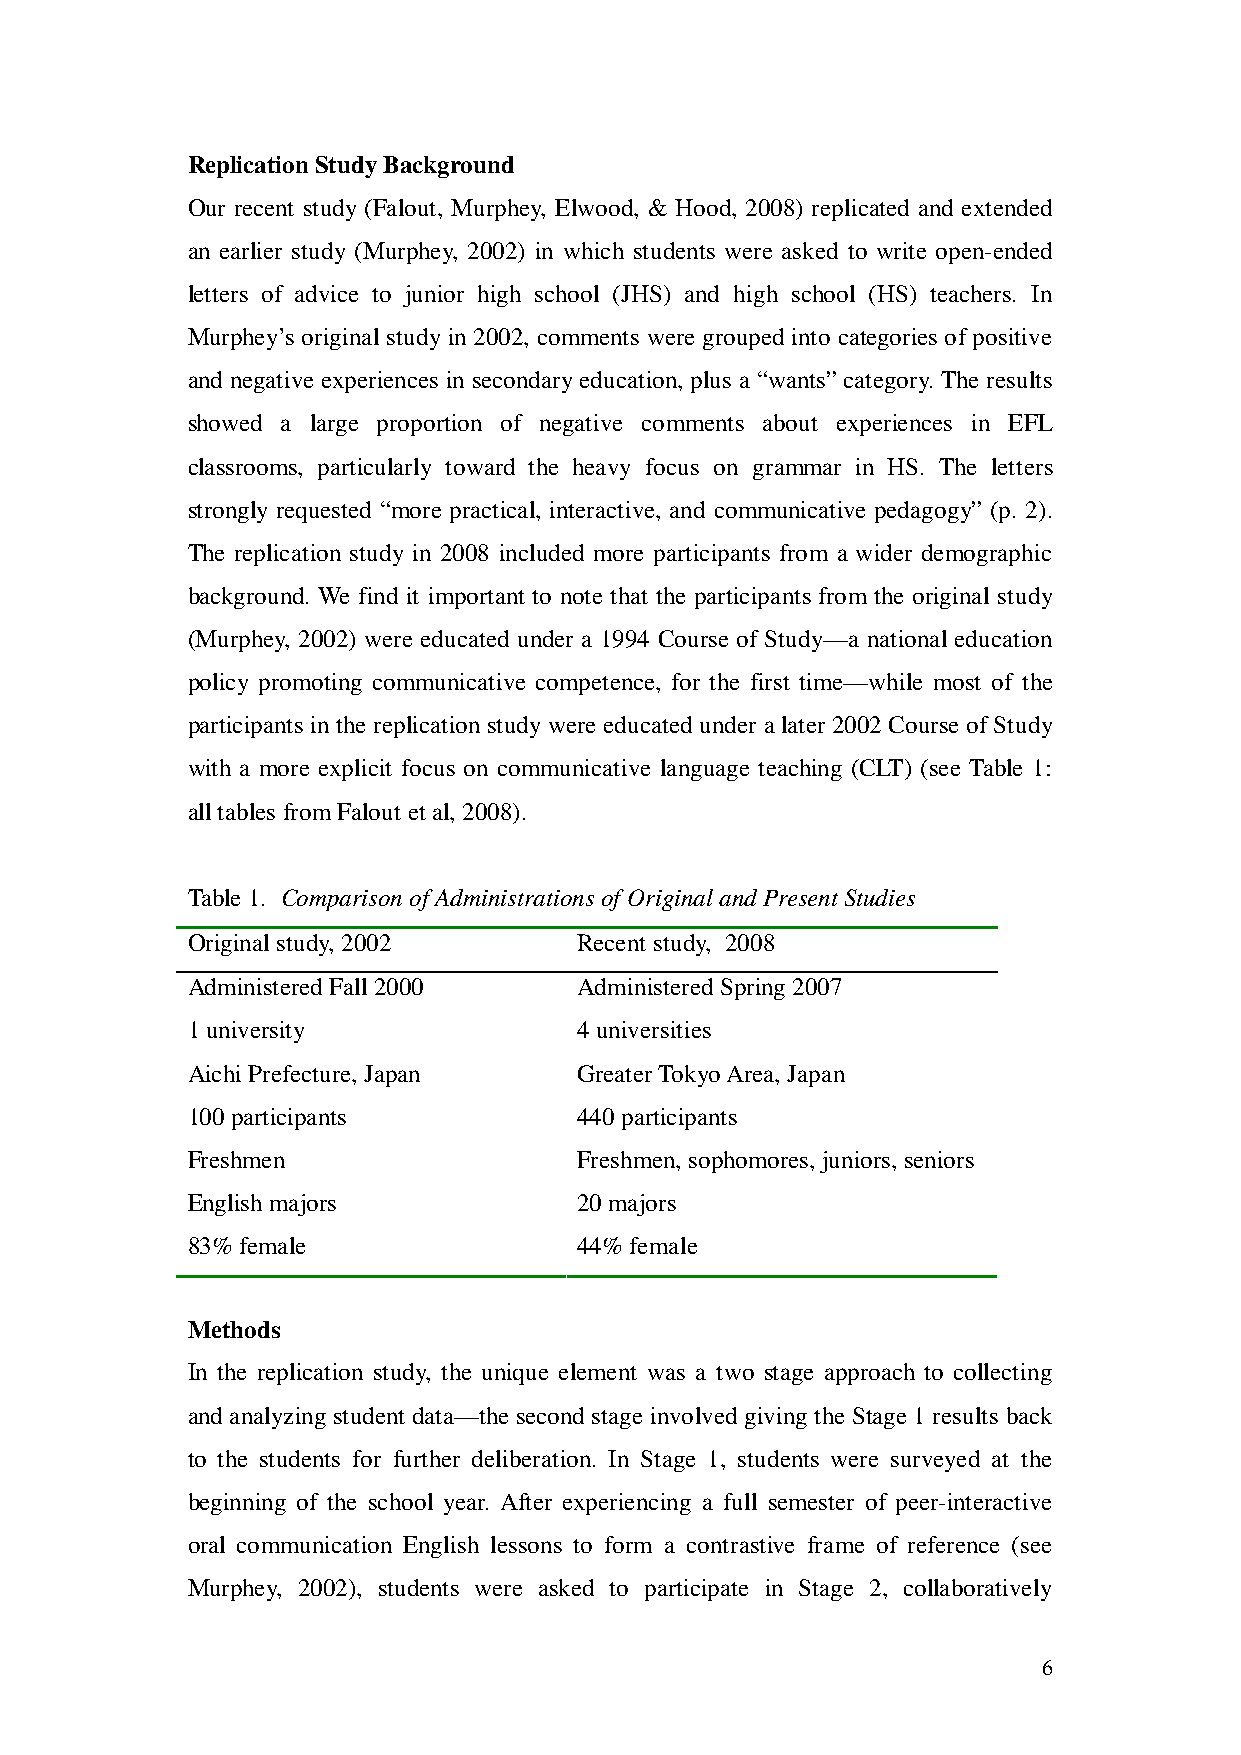
Replication Study Background
 Our recent study (Falout, Murphey, Elwood, & Hood, 2008) replicated and extended
 an earlier study (Murphey, 2002) in which students were asked to write open-ended
 letters of advice to junior high school (JHS) and high school (HS) teachers. In
 Murphey’s original study in 2002, comments were grouped into categories of positive
 and negative experiences in secondary education, plus a “wants” category. The results
 showed a large proportion of negative comments about experiences in EFL
 classrooms, particularly toward the heavy focus on grammar in HS. The letters
 strongly requested “more practical, interactive, and communicative pedagogy” (p. 2).
 The replication study in 2008 included more participants from a wider demographic
 background. We find it important to note that the participants from the original study
 (Murphey, 2002) were educated under a 1994 Course of Study—a national education
 policy promoting communicative competence, for the first time—while most of the
 participants in the replication study were educated under a later 2002 Course of Study
 with a more explicit focus on communicative language teaching (CLT) (see Table 1:
 all tables from Falout et al, 2008).
 Table 1. Comparison of Administrations of Original and Present Studies
 Original study, 2002      Recent study, 2008
 Administered Fall 2000    Administered Spring 2007
 1 university              4 universities
 Aichi Prefecture, Japan   Greater Tokyo Area, Japan
 100 participants          440 participants
 Freshmen                  Freshmen, sophomores, juniors, seniors
 English majors            20 majors
 83% female                44% female
 Methods
 In the replication study, the unique element was a two stage approach to collecting
 and analyzing student data—the second stage involved giving the Stage 1 results back
 to the students for further deliberation. In Stage 1, students were surveyed at the
 beginning of the school year. After experiencing a full semester of peer-interactive
 oral communication English lessons to form a contrastive frame of reference (see
 Murphey, 2002), students were asked to participate in Stage 2, collaboratively
 6